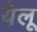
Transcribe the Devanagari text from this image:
येलू